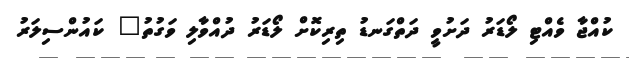
ކުއްޖާ ވެއްޓި ލޯޑަރު ދަށުވީ ދަތްގަނޑު ތިރިކޮށް ލޯޑަރު ދުއްވާލި ވަގުތު" ކައުންސިލަރު